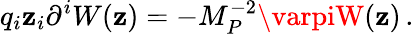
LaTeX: q_{i}\mathbf{z}_{i}\partial^{i}W(\mathbf{z})=-M_{P}^{-2}\varpiW(\mathbf{z})\, .